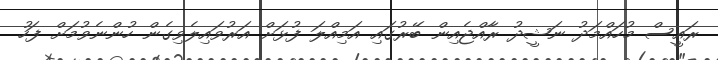
ރައީސް މުހައްމަދު ނަޝީދު ރާއްޖެއިން ބޭރުގައި އަމިއްލަ ފުޅަށް އަރުވައިލެވިގެން ހުންނެވުމަށް ފަހު